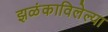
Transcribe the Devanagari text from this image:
झळंकाविलेल्या